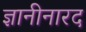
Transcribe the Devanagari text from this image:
ज्ञानीनारद